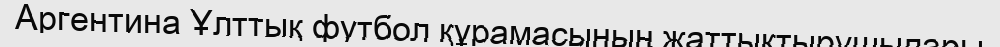
Аргентина Ұлттық футбол құрамасының жаттықтырушылары